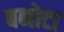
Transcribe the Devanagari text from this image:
बनोटा